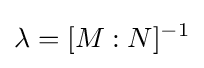
\lambda =[M:N]^{-1}